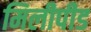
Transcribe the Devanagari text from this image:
मिलीपीड